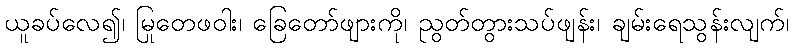
ယူခပ်လေ၍၊ မြုတေဖဝါး၊ ခြေတော်ဖျားကို၊ ညွတ်တွားသပ်ဖျန်း၊ ချမ်းရေသွန်းလျက်၊